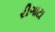
રીગાટા